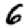
Digit: 6